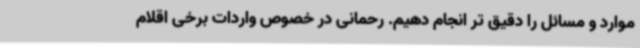
موارد و مسائل را دقیق تر انجام دهیم. رحمانی در خصوص واردات برخی اقلام